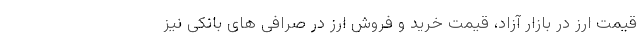
قیمت ارز در بازار آزاد، قیمت خرید و فروش ارز در صرافی های بانکی نیز